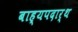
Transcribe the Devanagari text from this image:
बाह्यपदार्थ